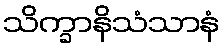
သိက္ခာနိသံသာနံ